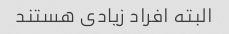
البته افراد زیادی هستند